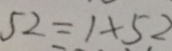
5 2 = 1 \times 5 2